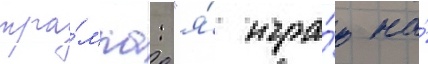
тра́мпа: "я́ игра́ю на́